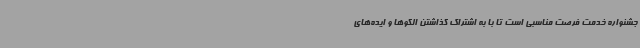
جشنواره خدمت فرصت مناسبی است تا با به اشتراک گذاشتن الگوها و ایده‌های